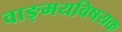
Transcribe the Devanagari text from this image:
वाङ्‌मयविषयक